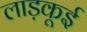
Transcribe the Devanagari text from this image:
लाड़कूई